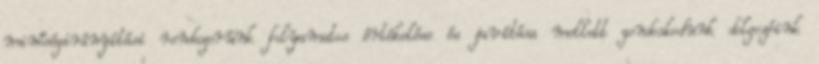
minőségirányítási rendszerünk folyamatos értékelése és javítása mellett gondoskodunk dolgozóink